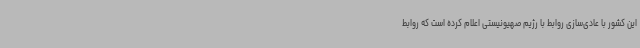
این کشور با عادی‌سازی روابط با رژیم صهیونیستی اعلام کرده است که روابط